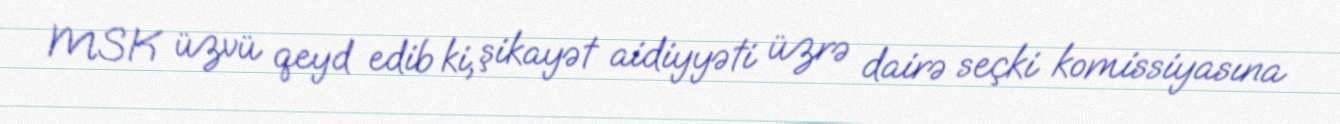
MSK üzvü qeyd edib ki, şikayət aidiyyəti üzrə dairə seçki komissiyasına